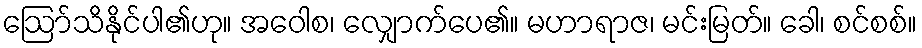
ဩော်သိနိုင်ပါ၏ဟု။ အဝေါစ၊ လျှောက်ပေ၏။ မဟာရာဇ၊ မင်းမြတ်။ ခေါ၊ စင်စစ်။